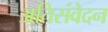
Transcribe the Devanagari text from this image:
अतिसंवेदन